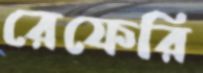
রেফেরি